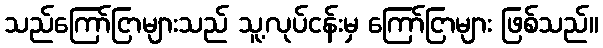
သည်ကြော်ငြာများသည် သူ့လုပ်ငန်းမှ ကြော်ငြာများ ဖြစ်သည်။